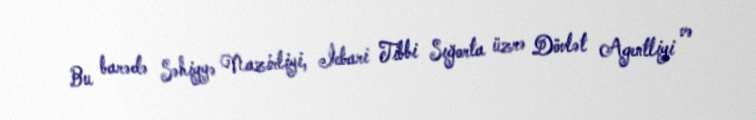
Bu barədə Səhiyyə Nazirliyi, İcbari Tibbi Sığorta üzrə Dövlət Agentliyi və